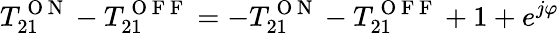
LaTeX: T_{21}^{\mathrm{~O~N~}}-T_{21}^{\mathrm{~O~F~F~}}=-T_{21}^{\mathrm{~O~N~}}-T_{21}^{\mathrm{~O~F~F~}}+1+e^{j\varphi}